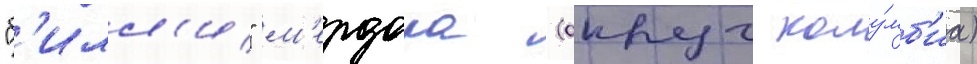
"б'илл'и" м'ердока (округ колу́мб'иа)